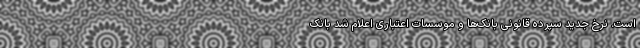
است. نرخ جدید سپرده قانونی بانک‌ها و موسسات اعتباری اعلام شد بانک